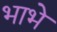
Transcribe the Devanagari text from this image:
भाभे